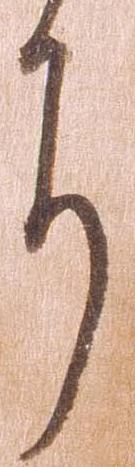
に